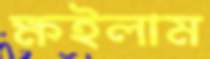
ক্ষইলাম